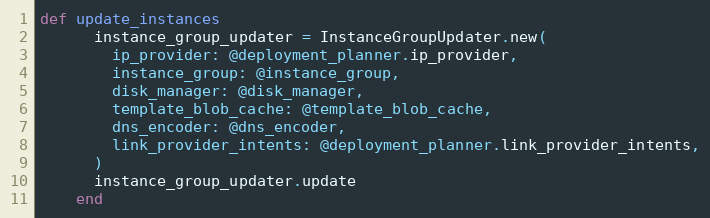
Language: Ruby
def update_instances
      instance_group_updater = InstanceGroupUpdater.new(
        ip_provider: @deployment_planner.ip_provider,
        instance_group: @instance_group,
        disk_manager: @disk_manager,
        template_blob_cache: @template_blob_cache,
        dns_encoder: @dns_encoder,
        link_provider_intents: @deployment_planner.link_provider_intents,
      )
      instance_group_updater.update
    end